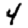
Digit: 4